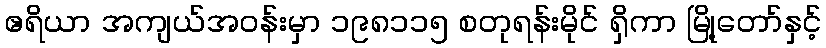
ဧရိယာ အကျယ်အဝန်းမှာ ၁၉၈၁၁၅ စတုရန်းမိုင် ရှိကာ မြို့တော်နှင့်